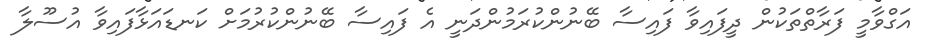
އަގްވާމީ ފަރާތްތަކުން ދީފައިވާ ފައިސާ ބޭނުންކުރަމުންދަނީ އެ ފައިސާ ބޭނުންކުރުމަށް ކަނޑައަޅާފައިވާ އުސޫލާ